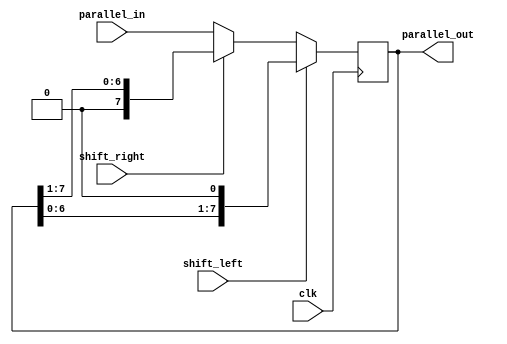
module shift_register (
    input wire clk,
    input wire [7:0] parallel_in,
    input wire shift_left,
    input wire shift_right,
    output reg [7:0] parallel_out
);

reg [7:0] data;

always @(posedge clk) begin
    if (shift_left) begin
        data <= {data[6:0], 1'b0};
    end else if (shift_right) begin
        data <= {1'b0, data[7:1]};
    end else begin
        data <= parallel_in;
    end
end

assign parallel_out = data;

endmodule